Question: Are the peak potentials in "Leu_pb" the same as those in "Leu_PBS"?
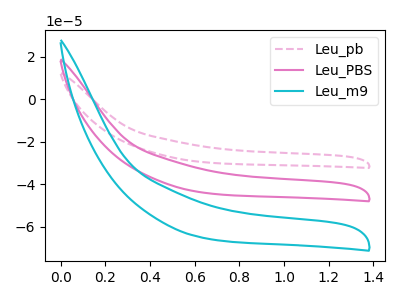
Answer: <think>The pink dashed curve "Leu_pb" has no peaks. The pink curve "Leu_PBS" has no peaks. The cyan curve "Leu_m9" has no peaks.</think>
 <answer>Niether CV has any peaks.</answer>
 <eval>blanks</eval>